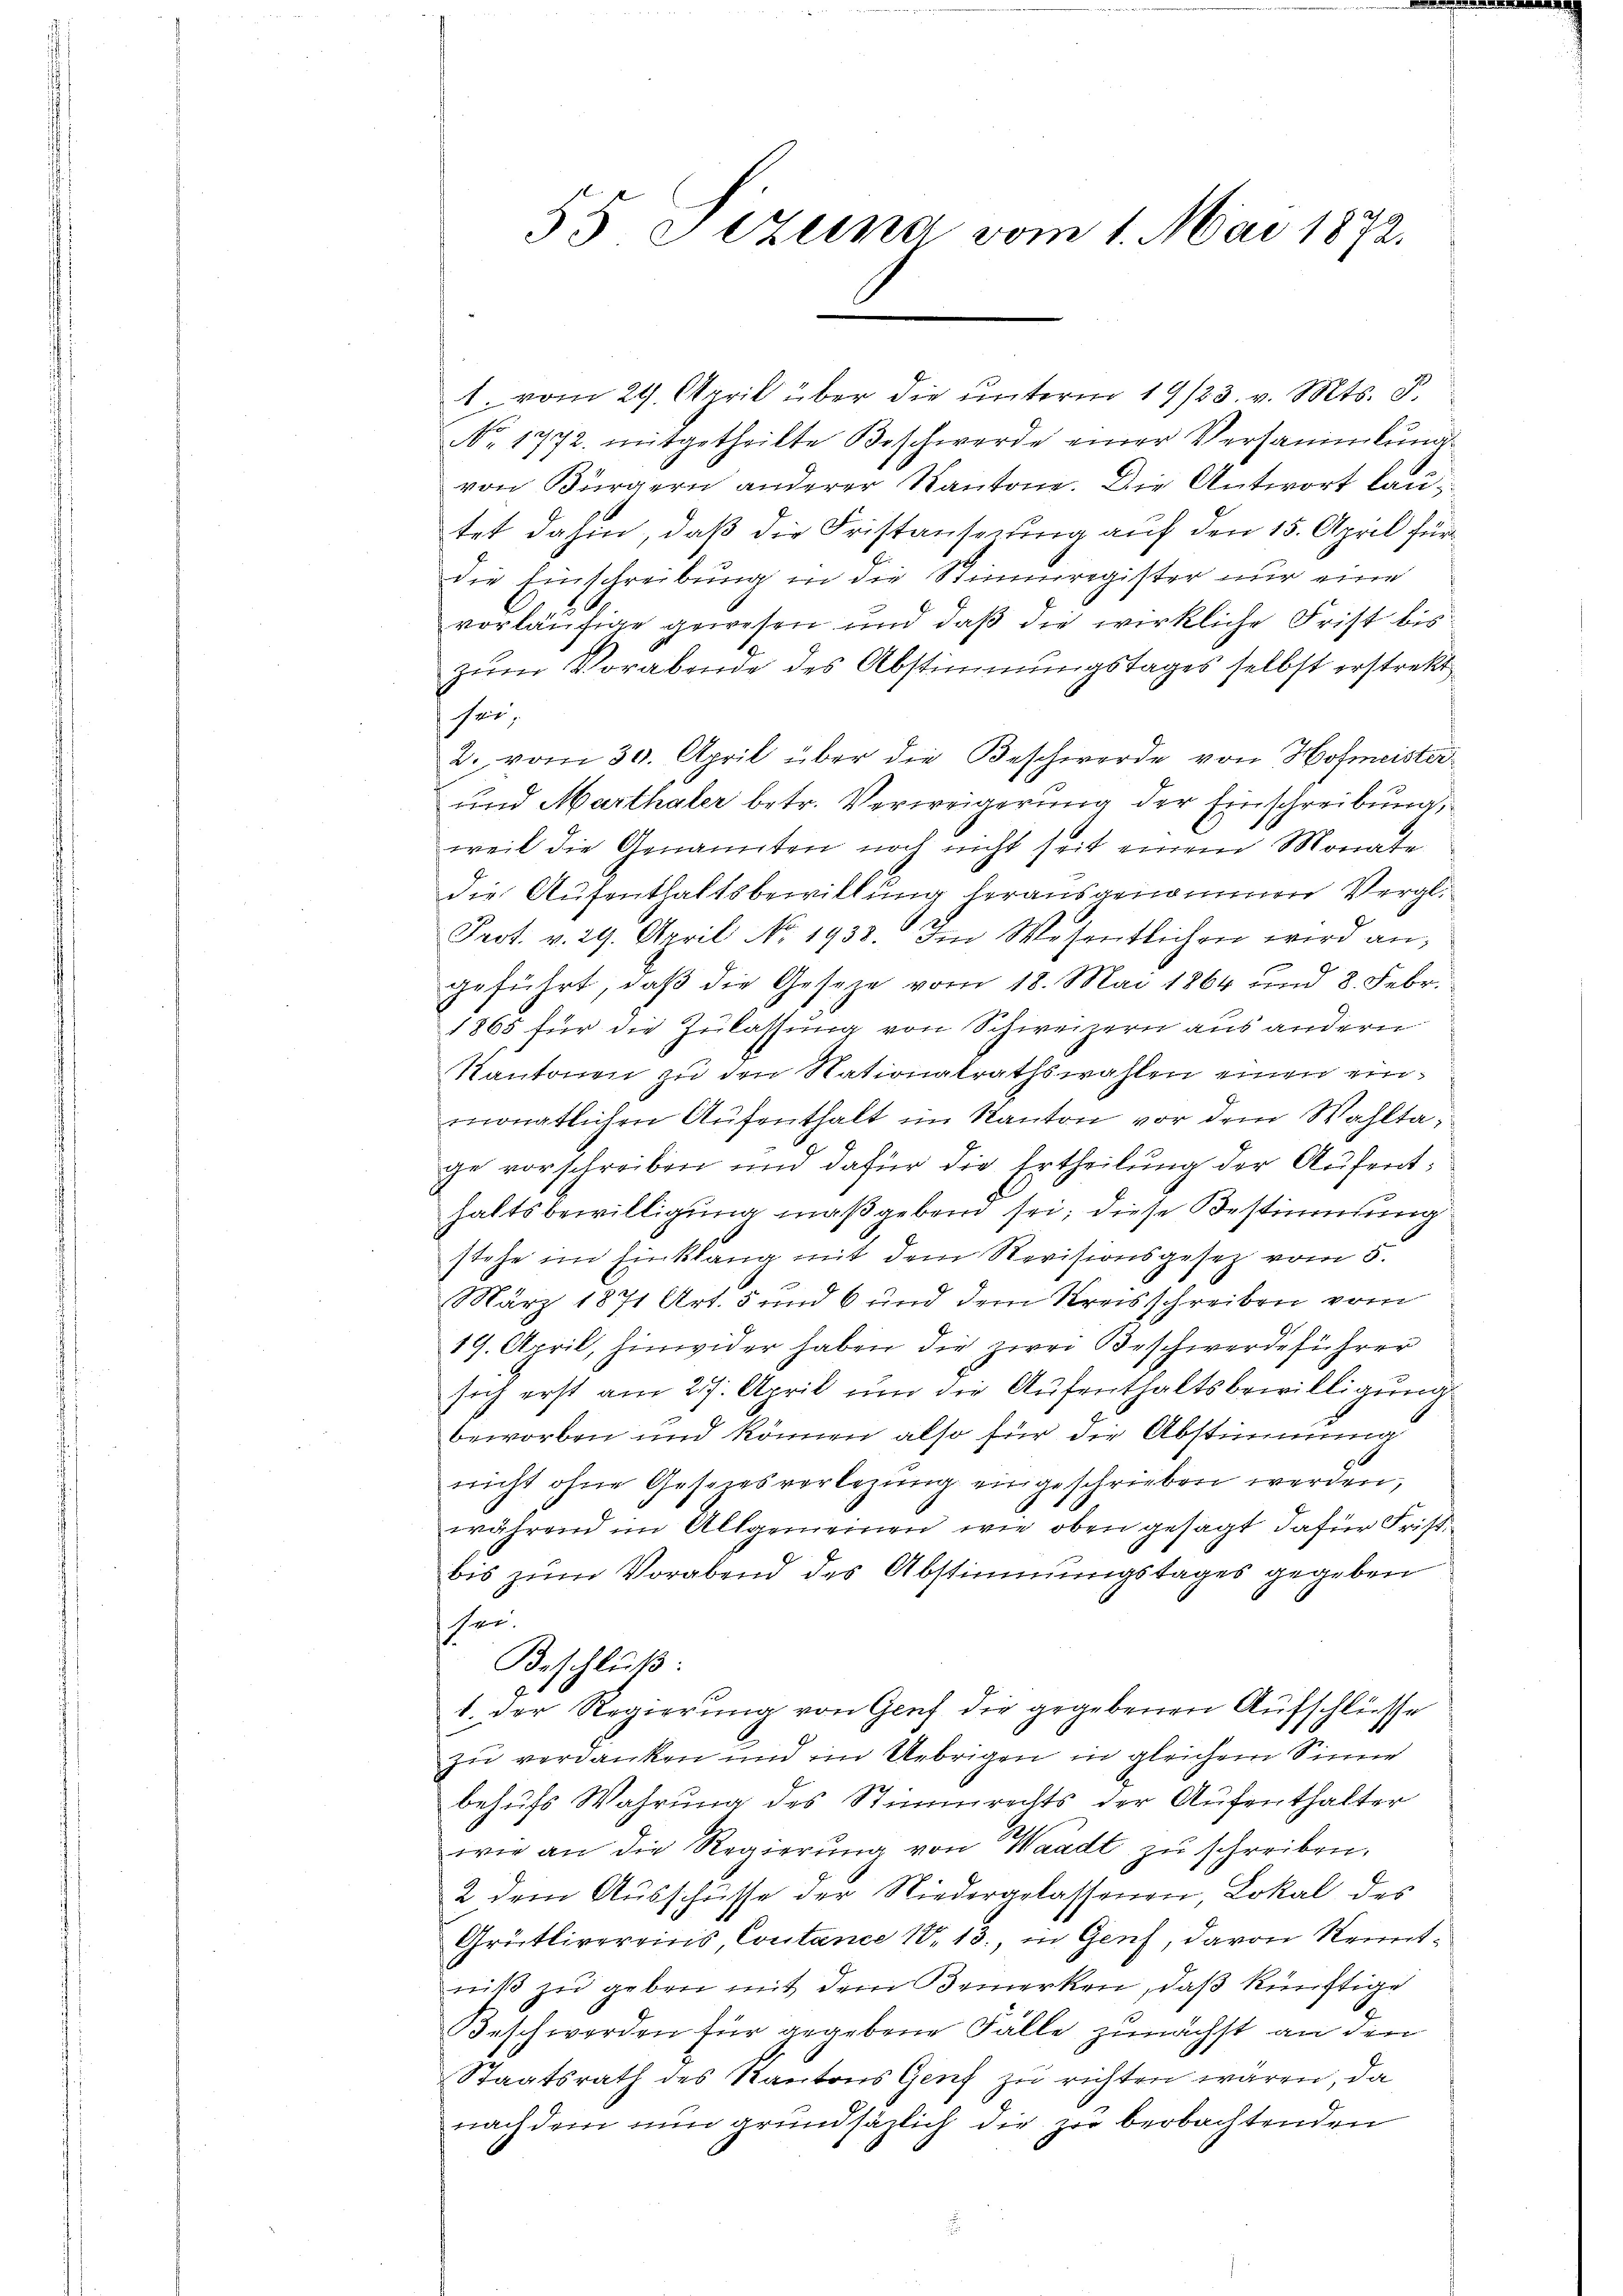
55 Sizung vom 1. Mai 1872.

1. vom 29. April über die ŭnterm 19/23. v. Mts. d.
No. 1772. mitgetheilte Beschwerde einer Versammlung
von Bürgern anderer Kantone. Die Antwort lautet dahin, daß die Fristansprung auf den 15. April für
die Einschreibung in die Stimmregister nur eine
vorläufige gewesen und daß die wirkliche Frist bis
zum Vorabende des Abstimmungstages selbst erstrekt
her,
2. vom 30. April über die Beschwerde von Hofmeister
und Marthaler betr. Verweigerung der Einschreibung,
weil die Genannten noch nicht seit einem Monate
die Aufenthaltsbewillung herausgenommen Vergl.
1
Prot. v. 29. April No 1938. Im Wesentlichen wird angeführt, daβ die Gesetze vom 18. Mai 1864 und 8. Febr.
1865 für die Zulassung von Schweizern aus andern
Kantonen zu den Nationalrathswahlen einen einmonatlichen Aufenthalt im Kanton vor dem Wahltage vorschreiben und dafür die Ertheilung der Aufenthaltsbewilligung maßgeben sei; diese Bestimmung
stehe im Einklang mit dem Revisionsgesetz vom 5.
März 1871 Art. 5 und 6 und dem Kreisschreiben vom
19. April, hinwider haben die zwei Beschwerdeführer
sich erst am 27. April um die Aufenthaltsbewilligung
beworben und können also für die Abstimmung
nicht ohne Gesezesvorlegung eingeschrieben werden,
während im Allgemeinen wie oben gesagt dafür Frist
bis zum Vorabend des Abstimmungstages gegeben
14.
Beschluß:
1. Der Regierung von Genf die gegebenen Aufschlüsse
zu verdanken und im Uebrigen in gleichem Sinne
behufs Wahrung des Stimmrechts der Aufenthalter
wie an die Regierŭng von Waadt zu schreiben.
2 dem Ausschüsse der Niedergelassenen Lokal des
Grütlivereins, Coutance 1813., in Genf, davon Kenntniß zu geben mit dem Bemerken, daß künftige
eschwerden für gegebene Fälle zunächst an den
Staatsrath des Kantons Genf zu richten waren, da
nachdem nun grundsätzlich die zu beobachtenden